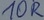
Text: 10R